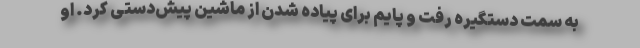
به سمت دستگیره رفت و پایم برای پیاده شدن از ماشین پیش‌دستی کرد. او